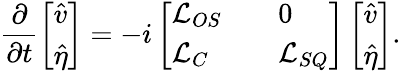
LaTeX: \frac{\partial}{\partial t}\left[\begin{array}{l}{\hat{v}}\\ {\hat{\eta}}\end{array}\right]=-i\left[\begin{array}{lll}{\mathcal{L}_{OS}}&&{0}\\ {\mathcal{L}_{C}}&&{\mathcal{L}_{SQ}}\end{array}\right]\left[\begin{array}{l}{\hat{v}}\\ {\hat{\eta}}\end{array}\right]\mathrm{.}